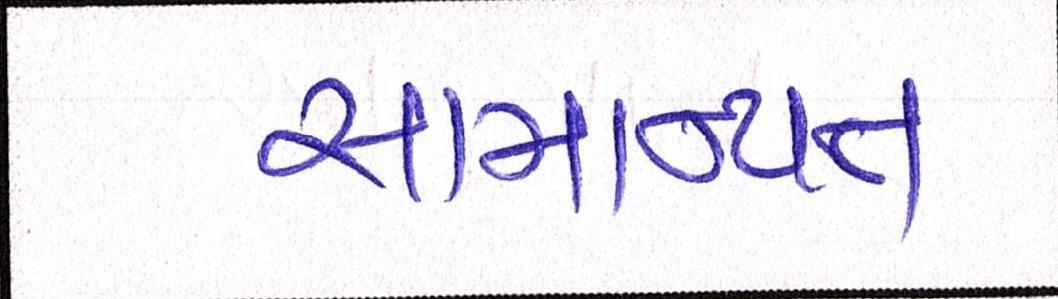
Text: સામાન્યતઃ